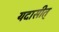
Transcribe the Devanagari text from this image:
यदासीत्